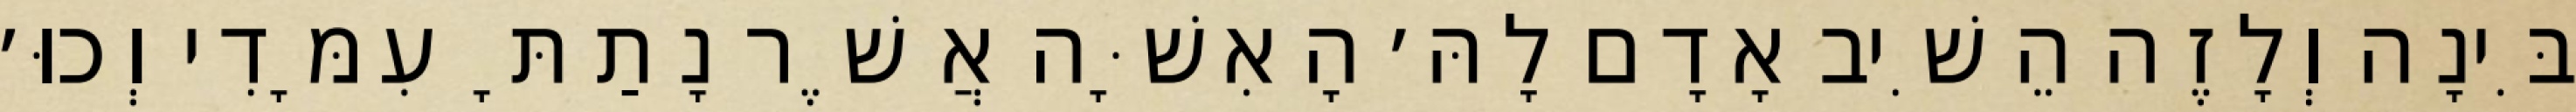
בִּינָה וְלָזֶה הֵשִׁיב אָדָם לָהּ׳ הָאִשָּׁה אֲשֶׁר נָתַתָּ עִמָּדִי וְכוּ׳